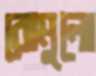
রোমুলো